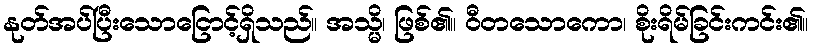
နုတ်အပ်ပြီးသောငြောင့်ရှိသည်။ အသ္မိ၊ ဖြစ်၏။ ဝီတသောကော၊ စိုးရိမ်ခြင်းကင်း၏။